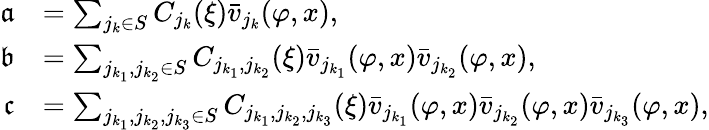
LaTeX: \begin{array}{rl}{\mathfrak{a}}&{=\sum_{j_{k}\in S}C_{j_{k}}(\xi)\bar{v}_{j_{k}}(\varphi,x),}\\ {\mathfrak{b}}&{=\sum_{j_{k_{1}},j_{k_{2}}\in S}C_{j_{k_{1}},j_{k_{2}}}(\xi)\bar{v}_{j_{k_{1}}}(\varphi,x)\bar{v}_{j_{k_{2}}}(\varphi,x),}\\ {\mathfrak{c}}&{=\sum_{j_{k_{1}},j_{k_{2}},j_{k_{3}}\in S}C_{j_{k_{1}},j_{k_{2}},j_{k_{3}}}(\xi)\bar{v}_{j_{k_{1}}}(\varphi,x)\bar{v}_{j_{k_{2}}}(\varphi,x)\bar{v}_{j_{k_{3}}}(\varphi,x),}\end{array}